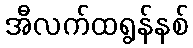
အီလက်ထရွန်နစ်